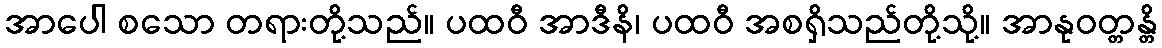
အာပေါ စသော တရားတို့သည်။ ပထဝီ အာဒီနိ၊ ပထဝီ အစရှိသည်တို့သို့။ အာနုဝတ္တန္တိ